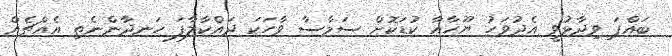
ބައްޕަ ވިދާޅުވީ އެދުވަހު ޔޫހާއާ ކުޑަކޮށް ސަމާސާ ވާހަކަ ދައްކާލާފަ ހަނދާންނެތި އެއްޗެއް